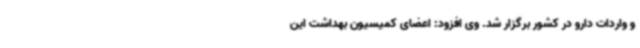
و واردات دارو در کشور برگزار شد. وی افزود: اعضای کمیسیون بهداشت این